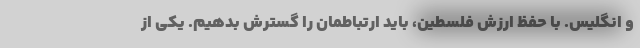
و انگلیس. با حفظ ارزش فلسطین، باید ارتباطمان را گسترش بدهیم. یکی از